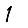
Digit: 1